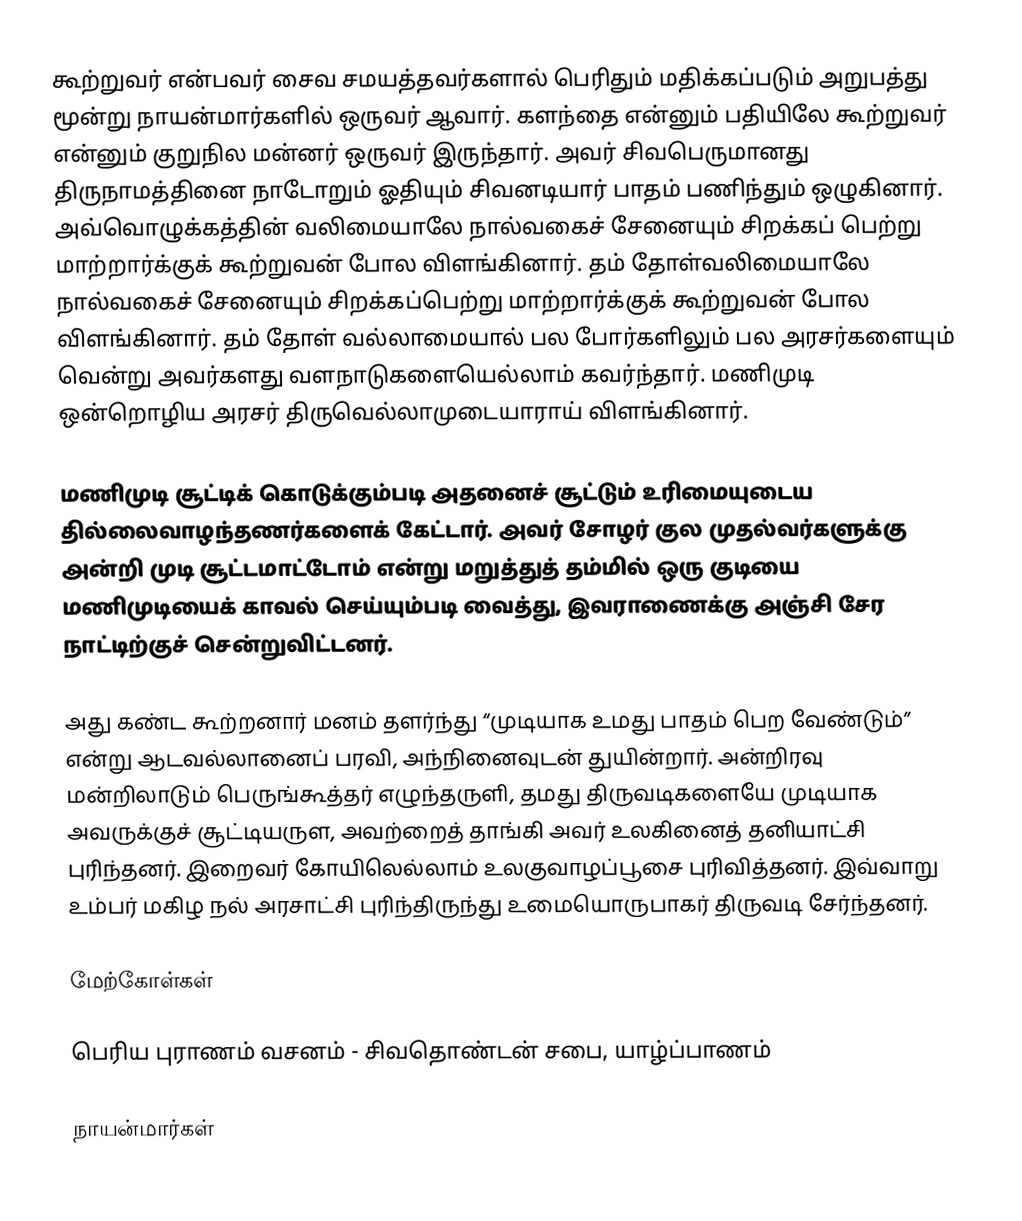
கூற்றுவர் என்பவர் சைவ சமயத்தவர்களால் பெரிதும் மதிக்கப்படும் அறுபத்து மூன்று நாயன்மார்களில் ஒருவர் ஆவார். களந்தை என்னும் பதியிலே கூற்றுவர் என்னும் குறுநில மன்னர் ஒருவர் இருந்தார். அவர் சிவபெருமானது திருநாமத்தினை நாடோறும் ஓதியும் சிவனடியார் பாதம் பணிந்தும் ஒழுகினார். அவ்வொழுக்கத்தின் வலிமையாலே நால்வகைச் சேனையும் சிறக்கப் பெற்று மாற்றார்க்குக் கூற்றுவன் போல விளங்கினார். தம் தோள்வலிமையாலே நால்வகைச் சேனையும் சிறக்கப்பெற்று மாற்றார்க்குக் கூற்றுவன் போல விளங்கினார். தம் தோள் வல்லாமையால் பல போர்களிலும் பல அரசர்களையும் வென்று அவர்களது வளநாடுகளையெல்லாம் கவர்ந்தார். மணிமுடி ஒன்றொழிய அரசர் திருவெல்லாமுடையாராய் விளங்கினார்.

மணிமுடி சூட்டிக் கொடுக்கும்படி அதனைச் சூட்டும் உரிமையுடைய தில்லைவாழந்தணர்களைக் கேட்டார்.  அவர் சோழர் குல முதல்வர்களுக்கு அன்றி முடி சூட்டமாட்டோம் என்று மறுத்துத் தம்மில் ஒரு குடியை மணிமுடியைக் காவல் செய்யும்படி வைத்து, இவராணைக்கு அஞ்சி சேர நாட்டிற்குச் சென்றுவிட்டனர்.

அது கண்ட கூற்றனார் மனம் தளர்ந்து “முடியாக உமது பாதம் பெற வேண்டும்” என்று ஆடவல்லானைப் பரவி, அந்நினைவுடன் துயின்றார். அன்றிரவு மன்றிலாடும் பெருங்கூத்தர் எழுந்தருளி, தமது திருவடிகளையே முடியாக அவருக்குச் சூட்டியருள, அவற்றைத் தாங்கி அவர் உலகினைத் தனியாட்சி புரிந்தனர். இறைவர் கோயிலெல்லாம் உலகுவாழப்பூசை புரிவித்தனர். இவ்வாறு உம்பர் மகிழ நல் அரசாட்சி புரிந்திருந்து உமையொருபாகர் திருவடி சேர்ந்தனர்.

மேற்கோள்கள்

பெரிய புராணம் வசனம் - சிவதொண்டன் சபை, யாழ்ப்பாணம்

நாயன்மார்கள்